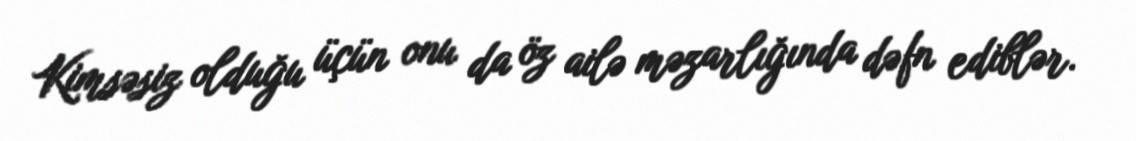
Kimsəsiz olduğu üçün onu da öz ailə məzarlığında dəfn ediblər.